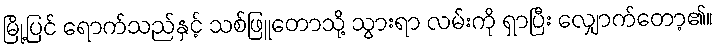
မြို့ပြင် ရောက်သည်နှင့် သစ်ဖြူတောသို့ သွားရာ လမ်းကို ရှာပြီး လျှောက်တော့၏။